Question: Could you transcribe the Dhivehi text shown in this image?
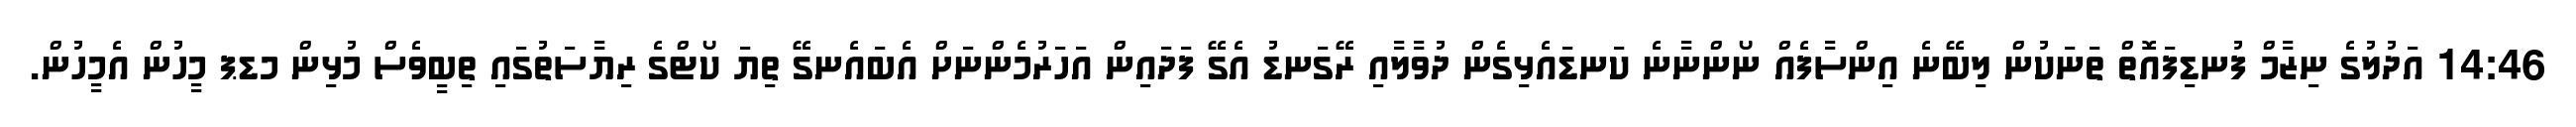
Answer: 14:46 އަދުލުގެ ނިޒާމް ފުނޑިފައޮތް ތަނަކުން ލިބޭނެ އިންސާފެއް ނޯންނާނެ ކަނޑައެޅިގެން ދުވާލާއި ރޭގަނޑު އެގޭ ފަދައިން އަހަރުމެންނަށް އެބައެނގޭ ތިޔަ ކޯޓްގެ ރިޔާސަތުގައި ތިބީވެސް މުޅިން މޑޕ މީހުން އެމީހުން.